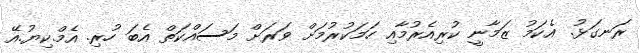
ރަނގަޅު. އެކަމު ޒަމާނީ ކުރިއެރުމާއި ހަމަކުރުމަށް ވަރަށް މަސައްކަތް އެބަ ހުރި. އެމް.ކިޔު.އޭ